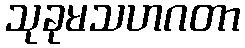
သုခုမသဟဂတာ